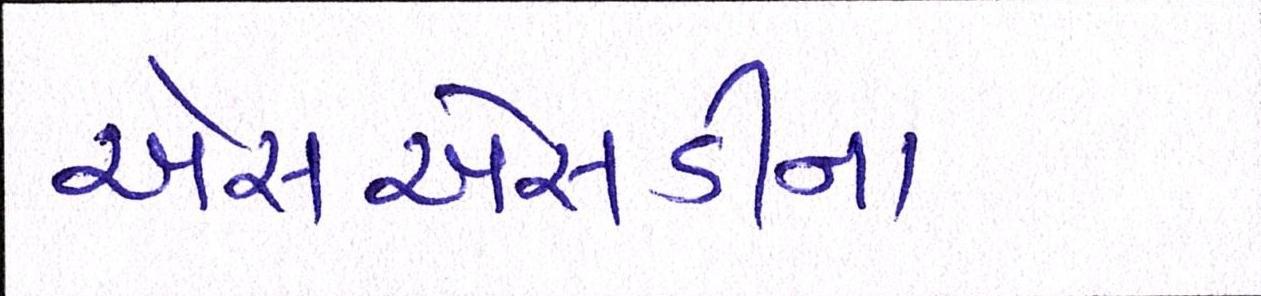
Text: એસએસડીના